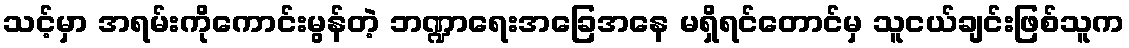
သင့်မှာ အရမ်းကိုကောင်းမွန်တဲ့ ဘဏ္ဍာရေးအခြေအနေ မရှိရင်တောင်မှ သူငယ်ချင်းဖြစ်သူက